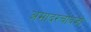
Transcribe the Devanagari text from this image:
अमादरचोदजो